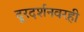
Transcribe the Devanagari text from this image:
दूरदर्शनवरही